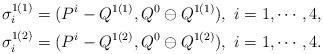
LaTeX: \begin{align*}&\sigma^{1(1)}_i=(P^i-Q^{1(1)},Q^0\ominus Q^{1(1)}),\ i=1,\cdots,4,\\&\sigma^{1(2)}_i=(P^i-Q^{1(2)},Q^0\ominus Q^{1(2)}),\ i=1,\cdots,4.\end{align*}